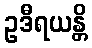
ဥဒီရယန္တိ